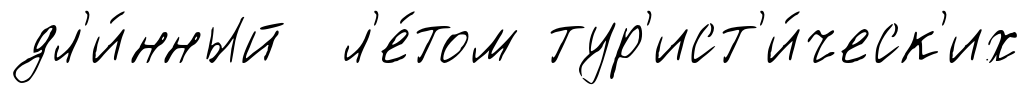
дл'и́нный л'е́том тур'ист'и́ческ'их